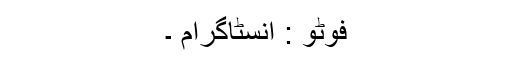
فوٹو : انسٹاگرام ۔